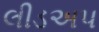
લીડઅપ